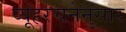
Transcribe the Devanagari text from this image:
व्यूहरचनेनुसार